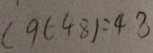
( 9 \in 4 8 ) : 4 8